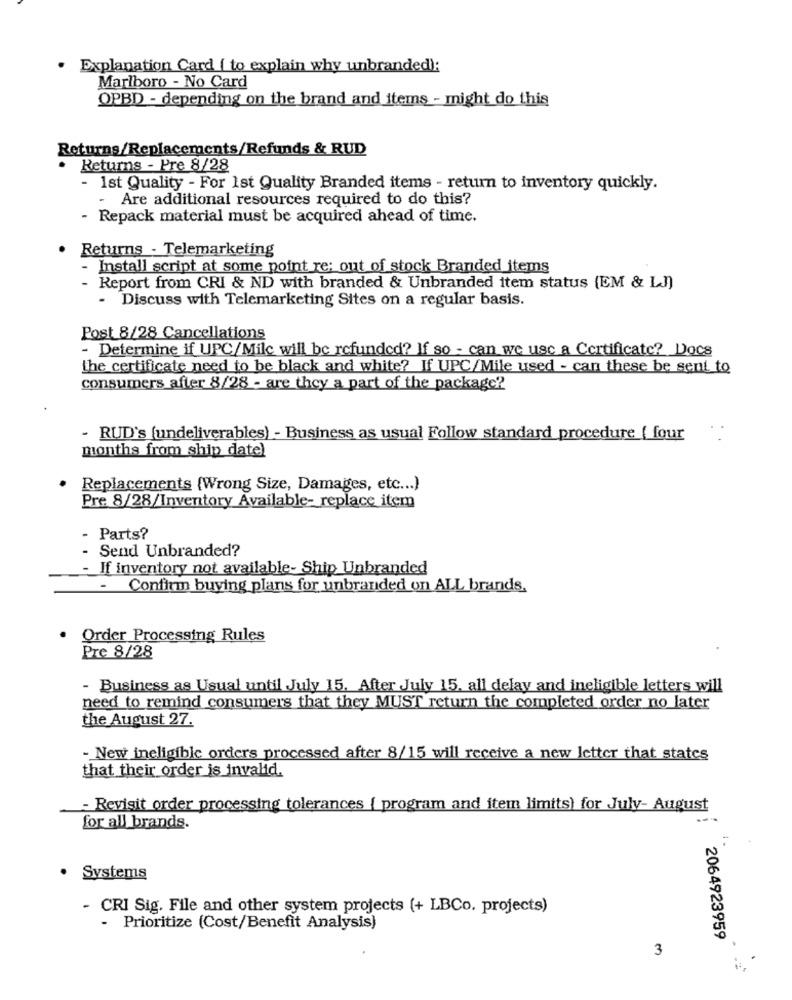
Explanation Card ( to explain why unbranded):
Marlboro - No Card
OPBD - depending on the brand and items - might do this
Returns/Replacements/Refunds & RUD
· Returns - Pre 8/28
- Ist Quality - For Ist Quality Branded items - return to inventory quickly.
- Are additional resources required to do this?
- Repack material must be acquired ahead of time.
Returns - Telemarketing
Install script at some point re: out of stock Branded items
Report from CRI & ND with branded & Unbranded item status (EM & LJ)
- Discuss with Telemarketing Sites on a regular basis.
Post 8/28 Cancellations
- Determine if UPC/Mile will be refunded? If so - can we use a Certificate ?_ Docs
the certificate need to be black and white? If UPC/Mile used - can these be sent to
consumers after 8/28 - are they a part of the package ??
- RUD's (undeliverables) - Business as usual Follow standard procedure ( four
months from ship date)
Replacements {Wrong Size, Damages, etc ... )
Pre 8/28/Inventory Available- replace item
Parts?
Send Unbranded?
If inventory not available- Ship Unbranded
- Confirm buying plans for unbranded on ALL brands.
Order Processing Rules
Pre 8/28
- Business as Usual until July 15. After July 15. all delay and ineligible letters will
need to remind consumers that they MUST return the completed order no later
the August 27.
- New ineligible orders processed after 8/15 will receive a new letter that states
that their order is invalid.
- Revisit order processing tolerances { program and item limits) for July- August
for all brands.
Systems
- CRI Sig. File and other system projects (+ LBCo. projects)
- Prioritize (Cost/Benefit Analysis)
2064923959
3